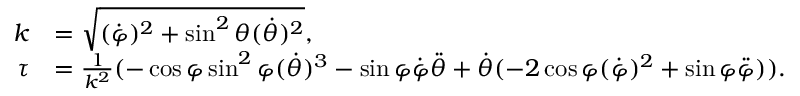
\begin{array} { r l } { k } & { = \sqrt { ( \dot { \varphi } ) ^ { 2 } + \sin ^ { 2 } \theta ( \dot { \theta } ) ^ { 2 } } , } \\ { \tau } & { = \frac { 1 } { k ^ { 2 } } ( - \cos \varphi \sin ^ { 2 } \varphi ( \dot { \theta } ) ^ { 3 } - \sin \varphi \dot { \varphi } \ddot { \theta } + \dot { \theta } ( - 2 \cos \varphi ( \dot { \varphi } ) ^ { 2 } + \sin \varphi \ddot { \varphi } ) ) . } \end{array}